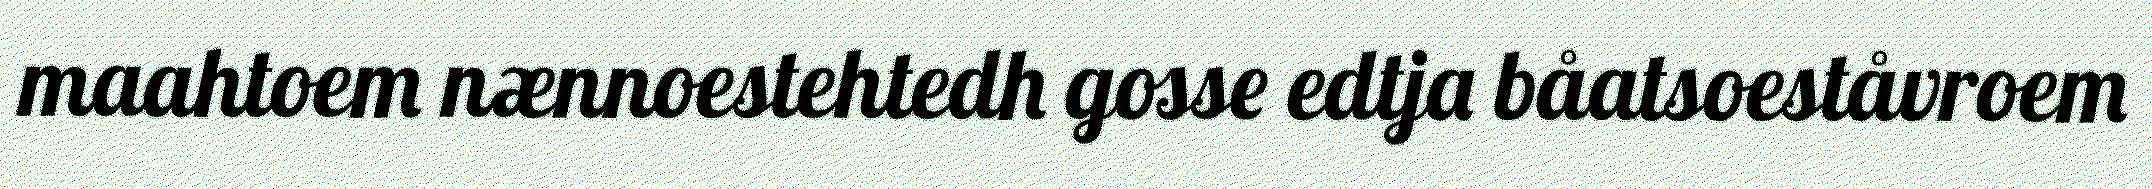
maahtoem nænnoestehtedh gosse edtja båatsoeståvroem